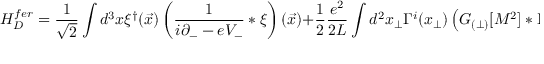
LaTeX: H _ { D } ^ { f e r } = \frac { 1 } { \sqrt { 2 } } \int d ^ { 3 } x \xi ^ { \dagger } ( \vec { x } ) \left( \frac { 1 } { i \partial _ { - } - e V _ { - } } \ast \xi \right) ( \vec { x } ) + \frac 1 2 \frac { e ^ { 2 } } { 2 L } \int d ^ { 2 } x _ { \perp } \Gamma ^ { i } ( x _ { \perp } ) \left( { \cal G } _ { ( \perp ) } [ { \cal M } ^ { 2 } ] \ast \Gamma ^ { i } \right) ( x _ { \perp } )